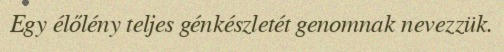
Egy élőlény teljes génkészletét genomnak nevezzük.